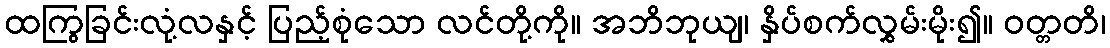
ထကြွခြင်းလုံ့လနှင့် ပြည့်စုံသော လင်တို့ကို။ အဘိဘုယျ၊ နှိပ်စက်လွှမ်းမိုး၍။ ဝတ္တတိ၊